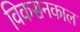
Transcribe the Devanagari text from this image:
विकसनकाल